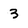
Character: 3